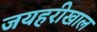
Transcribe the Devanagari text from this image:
जयहरीखाल